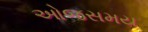
ઓજસમય